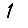
Digit: 1